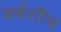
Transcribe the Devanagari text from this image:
अर्थशौच